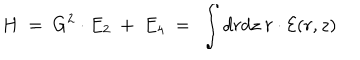
LaTeX: H \ = \ G ^ { 2 } \cdot E _ { 2 } \ + \ E _ { 4 } \ = \ \int d r d z \ r \cdot { \cal E } ( r , z )